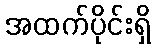
အထက်ပိုင်းရှိ